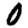
Digit: 0